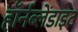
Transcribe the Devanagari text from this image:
हॉर्नब्लेंडाइट